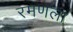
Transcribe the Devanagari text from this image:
रमणला